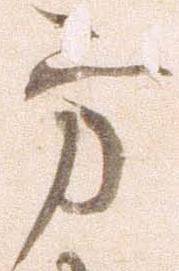
方